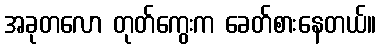
အခုတလော တုတ်ကွေးက ခေတ်စားနေတယ်။